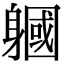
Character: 𨉹